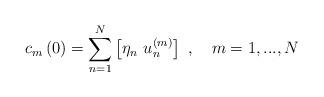
LaTeX: \begin{align*}c_{m}\left( 0\right) =\sum_{n=1}^{N}\left[ \eta _{n}~u_{n}^{\left( m\right) }\right] ~,~~~m=1,...,N\end{align*}